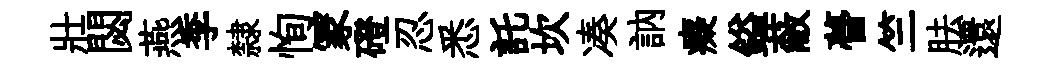
壯閟燕季隸恂冡磴忍悉託坎凑訥癡鎰蔽瞢竺胠還